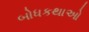
બોધકથાઓ